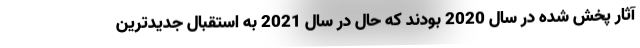
آثار پخش شده در سال 2020 بودند که حال در سال 2021 به استقبال جدیدترین